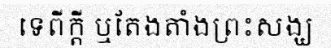
ទេពីក្តី ឬតែងតាំងព្រះសង្ឃ